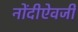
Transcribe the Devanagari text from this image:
नोंदीऐवजी